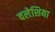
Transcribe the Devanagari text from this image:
वलेशिया